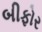
બીફોર